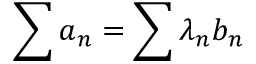
\sum a _ { n } = \sum \lambda _ { n } b _ { n }